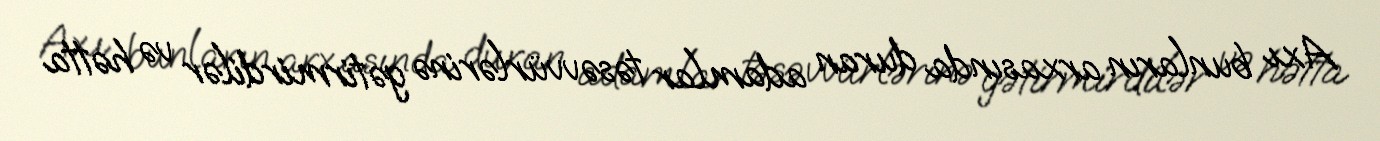
Axı bunların arxasında duran adamlar təsəvvürlərinə gətirmirdilər və hətta